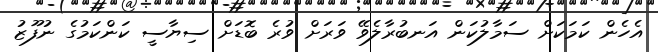
އެހެން ކަމަކަށް ސަމާލުކަން އަނބުރާލެވޭ ވަރަށް ވުރެ ބޮޑަށް ސިޔާސީ ކަންކަމުގެ ނުފޫޒު